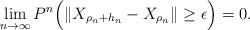
LaTeX: \begin{align*}\lim_{n \to \infty} P^n \Big(\|X_{\rho_n + h_n} - X_{\rho_n}\| \geq \epsilon \Big) = 0.\end{align*}